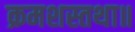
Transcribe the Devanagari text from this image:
क्रमशस्तथा॥